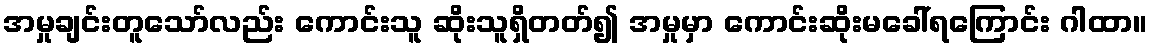
အမှုချင်းတူသော်လည်း ကောင်းသူ ဆိုးသူရှိတတ်၍ အမှုမှာ ကောင်းဆိုးမခေါ်ရကြောင်း ဂါထာ။